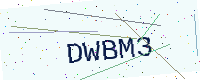
Text: DWBM3